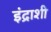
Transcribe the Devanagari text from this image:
इंद्राशी